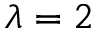
\lambda = 2